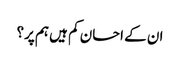
ان کے احسان کم ہیں ہم پر؟